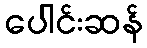
ပေါင်းဆန်